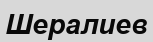
Шералиев